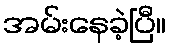
အမ်းနေခဲ့ပြီ။